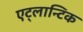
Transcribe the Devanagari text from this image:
एट्लान्टिक